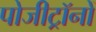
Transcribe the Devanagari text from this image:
पोजीट्रॉनों